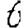
Digit: 6